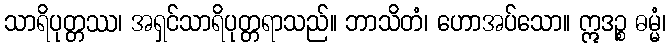
သာရိပုတ္တဿ၊ အရှင်သာရိပုတ္တရာသည်။ ဘာသိတံ၊ ဟောအပ်သော။ ဣဒဉ္စ ဓမ္မံ၊